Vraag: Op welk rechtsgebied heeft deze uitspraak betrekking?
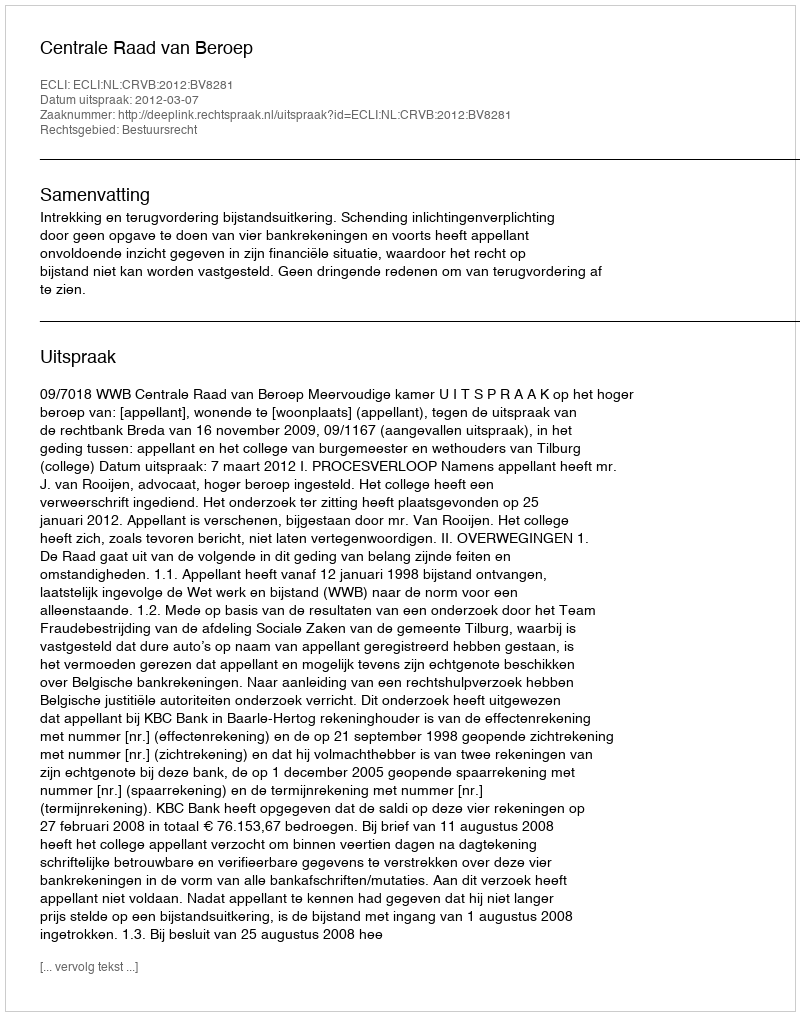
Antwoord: Bestuursrecht